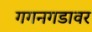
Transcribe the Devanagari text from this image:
गगनगडावर